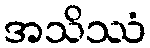
အသိဿံ